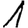
Digit: 1